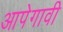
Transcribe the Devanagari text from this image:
आपेगावी